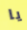
يا